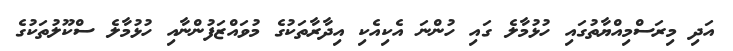
އަދި މިރަސްމިއްޔާތުގައި ހުޅުމާލެ ގައި ހުންނަ އެކިއެކި އިދާރާތަކުގެ މުވައްޒަފުންނާއި ހުޅުމާލެ ސްކޫލުތަކުގެ